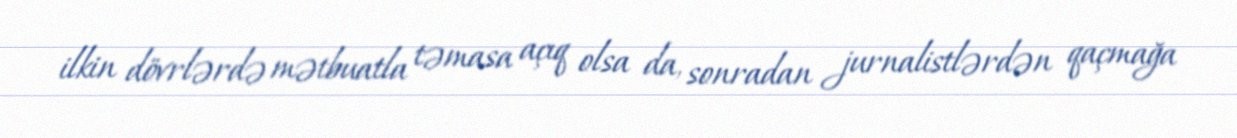
ilkin dövrlərdə mətbuatla təmasa açıq olsa da, sonradan jurnalistlərdən qaçmağa